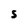
Character: S